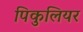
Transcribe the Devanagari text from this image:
पिकुलियर